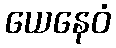
ယေနေဝံ